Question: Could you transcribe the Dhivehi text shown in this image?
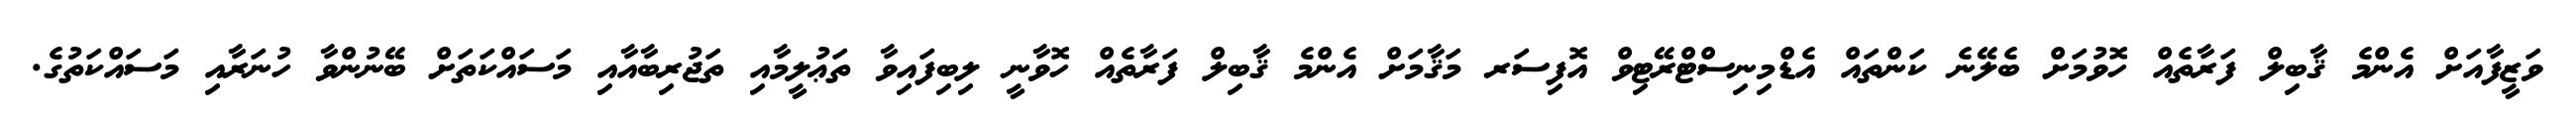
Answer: ވަޒީފާއަށް އެންމެ ޤާބިލް ފަރާތެއް ހޮވުމަށް ބެލޭނެ ކަންތައް އެޑްމިނިސްޓްރޭޓިވް އޮފިސަރ މަޤާމަށް އެންމެ ޤާބިލް ފަރާތެއް ހޮވާނީ ލިބިފައިވާ ތަޢުލީމާއި ތަޖުރިބާއާއި މަސައްކަތަށް ބޭނުންވާ ހުނަރާއި މަސައްކަތުގެ.